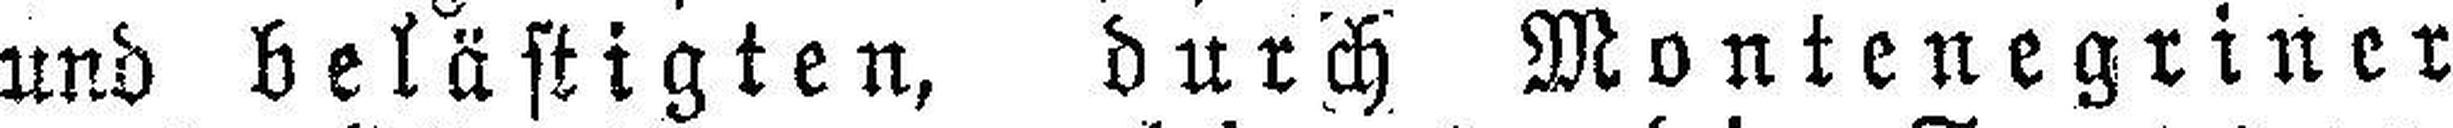
und belästigten, durch Montenegriner